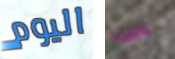
اليوم عمت